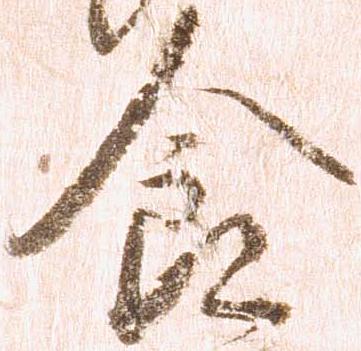
食